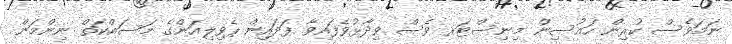
ނަމަވެސް ކުރިން ހައުސިން މިނިސްޓަރ ވެސް ވިދާޅުވެފައިވާ ފަދައިން ޕެވިލިއަންގެ މަސައްކަތް ނިންމަން